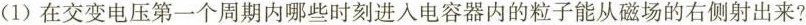
(1)在交变电压第一个周期内哪些时刻进入电容器内的粒子能从磁场的右侧射出来?